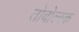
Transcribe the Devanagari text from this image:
तोबोल्स्क